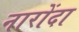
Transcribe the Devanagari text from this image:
नारोंदा